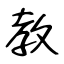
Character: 教